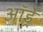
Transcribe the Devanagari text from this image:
ऑर्ड्रे